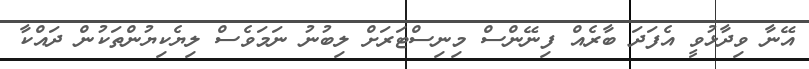
އޭނާ ވިދާޅުވީ އެފަދަ ބާރެއް ފިނޭންސް މިނިސްޓަރަށް ލިބުނު ނަމަވެސް ލިޔެކިޔުންތަކުން ދައްކާ